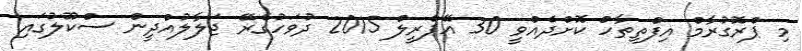
މި ޕްރޮގުރާމް އިފްތިތާހް ކޮށްދެއްވީ 30 އޭޕްރީލް 2015 ދުވަހުގެރޭ ޖަލާލުއްދީން ސްކޫލުގައި